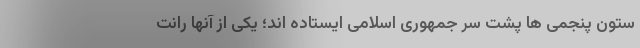
ستون پنجمی ها پشت سر جمهوری اسلامی ایستاده اند؛ یکی از آنها رانت